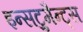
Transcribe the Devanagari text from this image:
इन्सट्रुमैन्ट्स